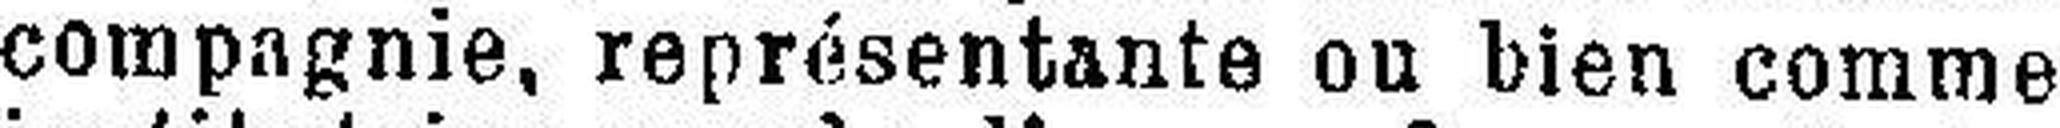
compagnie, représentante ou bien comme